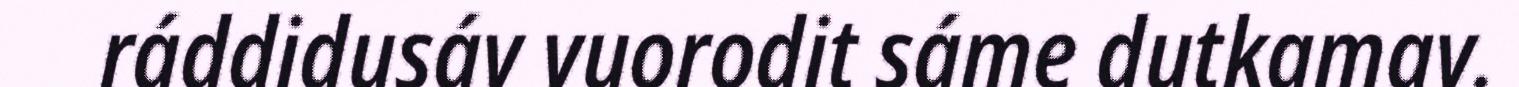
ráddidusáv vuorodit sáme dutkamav.